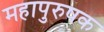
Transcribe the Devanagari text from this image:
महापुरुषक